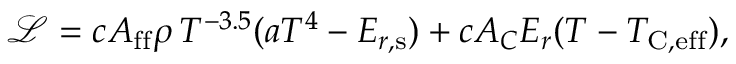
\mathcal { L } = c A _ { \mathrm { f f } } \rho \, T ^ { - 3 . 5 } ( a T ^ { 4 } - \ensuremath { E _ { r , \mathrm { s } } } ) + c A _ { C } E _ { r } ( T - T _ { \mathrm { C , e f f } } ) ,